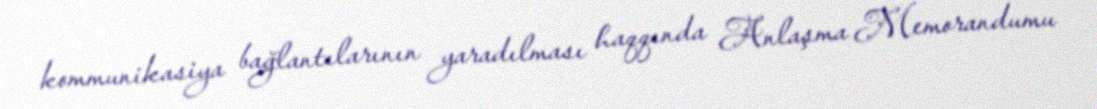
kommunikasiya bağlantılarının yaradılması haqqında Anlaşma Memorandumu